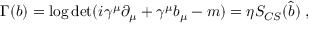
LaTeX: \Gamma ( b ) = \log \operatorname * { d e t } ( i \gamma ^ { \mu } \partial _ { \mu } + \gamma ^ { \mu } b _ { \mu } - m ) = \eta { \cal S } _ { C S } ( \widehat { b } ) \; ,